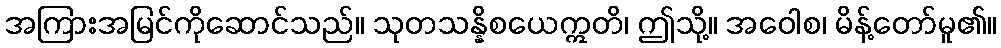
အကြားအမြင်ကိုဆောင်သည်။ သုတသန္နိစယေဣတိ၊ ဤသို့။ အဝေါစ၊ မိန့်တော်မူ၏။